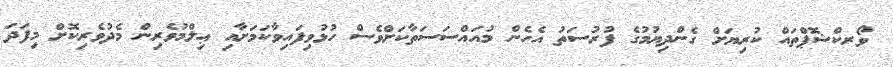
ވޯރކްޝޮޕްތައް ކުރިޔަށް ގެންދިޔުމުގެ ފުރުސަތު އެހެން މުއައްސަސަތާކަށްވެސް ހުޅުވިފައިވާކަމަށާއި ޢިލްމުވެރިން މެދުވެރިކޮށް މިފަދަ